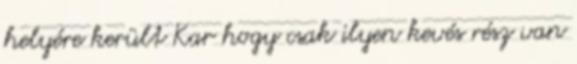
helyére került Kar hogy csak ilyen kevés rész van